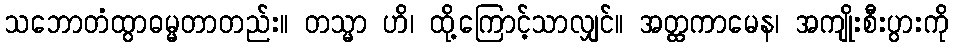
သဘောတံထွာဓမ္မတာတည်း။ တသ္မာ ဟိ၊ ထို့ကြောင့်သာလျှင်။ အတ္ထကာမေန၊ အကျိုးစီးပွားကို